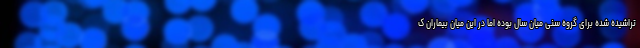
تراشیده شده برای گروه سنی میان سال بوده اما در این میان بیماران ک